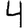
Digit: 4